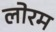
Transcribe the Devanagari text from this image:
लोरम